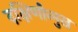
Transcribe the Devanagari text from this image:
दक्षिणोन्मुख